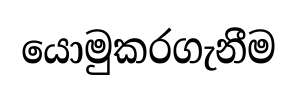
යොමුකරගැනීම